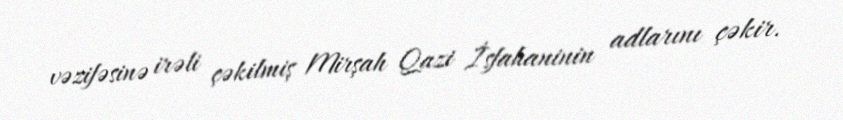
vəzifəsinə irəli çəkilmiş Mirşah Qazi İsfahaninin adlarını çəkir.